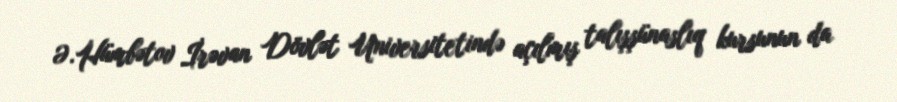
Ə.Hümbətov İrəvan Dövlət Universitetində açılmış talışşünaslıq kursunun da